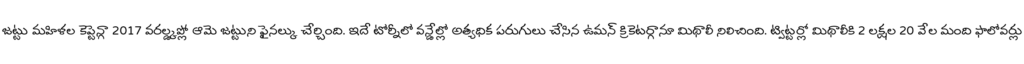
జట్టు మహిళల కెప్టెన్గా 2017 వరల్డ్కప్లో ఆమె జట్టుని ఫైనల్కు చేర్చింది. ఇదే టోర్నీలో వన్డేల్లో అత్యధిక పరుగులు చేసిన ఉమన్ క్రికెటర్గానూ మిథాలీ నిలిచింది. ట్విట్టర్లో మిథాలీకి 2 లక్షల 20 వేల మంది ఫాలోవర్లు